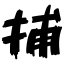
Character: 捕